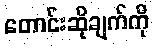
တောင်းဆိုချက်ကို